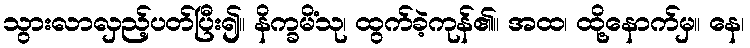
သွားလာလှည့်ပတ်ပြီး၍။ နိက္ခမိံသု၊ ထွက်ခဲ့ကုန်၏။ အထ၊ ထို့နောက်မှ။ နေ၊